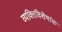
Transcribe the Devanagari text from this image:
व्यक्तिविशेषांक